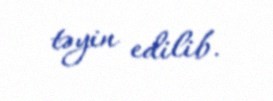
təyin edilib.